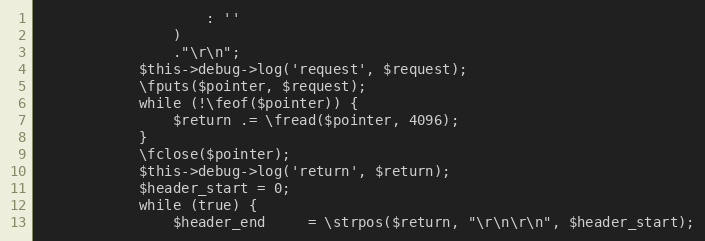
Language: PHP
                    : ''
                )
                ."\r\n";
            $this->debug->log('request', $request);
            \fputs($pointer, $request);
            while (!\feof($pointer)) {
                $return .= \fread($pointer, 4096);
            }
            \fclose($pointer);
            $this->debug->log('return', $return);
            $header_start = 0;
            while (true) {
                $header_end     = \strpos($return, "\r\n\r\n", $header_start);